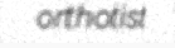
orthotist